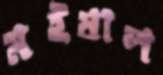
মইষাল